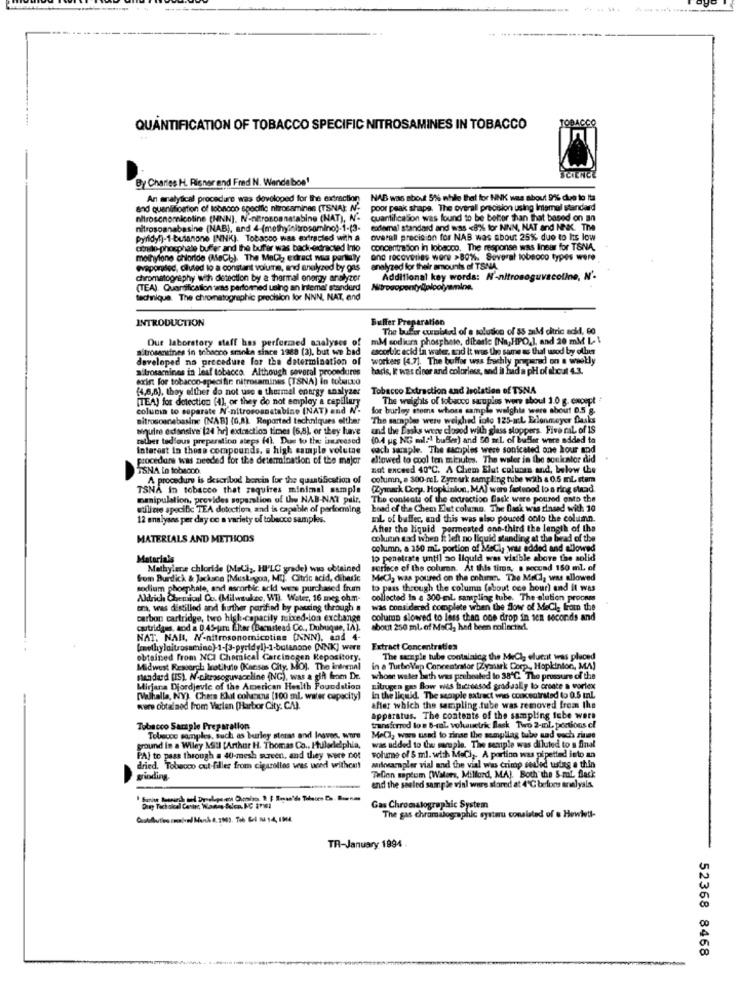
TOBACCO
QUANTIFICATION OF TOBACCO SPECIFIC NITROSAMINES IN TOBACCO
By Charles H. Risner and Fred N. Wende bos'
SCIENCE
An analytical procedure was developed for the extraction
NAB was about 5% while that for NNK was about 9% due to Its
and quanlification of lobnoco specific nitrosamines (TSNA): N.
poor peak shape. The overall precision using Intemel standard
nitroscnomicoline (NINN), N-nitroscanatabine (NAT), N'.
quantificason was found to be better than that based on an
nitrosomnabasine (NAB), and 4-(methyinitrosamino)-1-(3-
exdemal standard and was <8% for NNN, NAT and NNK. TRA
pyridy()-1-butanone INNK). Tobacco was extracled with a
overall precision for NAB was about 25% due to Its low
conie-phosphate buffer and the buffer was back-endracted Into
concentration in lobacco. The response was Inear for TSNA,
mothylone chloride (MeCh). The Mall, edract na partially
and recoveries were >80%. Several tobacco types were
evaporated, diluted to a constant volume, and analyzed by ons analyzed for their amounts of TSNA
chromatography with detection by a thermal energy analyzer
Additional key words: N'-nitrosoguvacoline, N'.
(TEA). Quantification was performed using an Intemel standard
technique. The chromatographic precision for NNN, NAT, and
INTRODUCTION
Buffer Preparation
The bufer curnbaod of a solution of 55 aiM citric acid, 60
Que laboratory staff has performed analyses of
mM sodium phosphate, dibasic [Na, HIPO,J, and 20 mM L- \
nitrosaniines in tribsono smoke since 1988 (2), but we bad
escorlic acid in water, and it was the same as that wood by ofben
developed no procedure for the determination of
workers (4.7]. The buffer was frachly prepared on a weekly
aitrosamines in leaf tobacco. Although several proondures
hadis, I was clear and colorless, and it had a pH of about 4.3.
exint for tobacco-specific nitrosamines (TSNA) in tobacco
(4,8,6), they either do not use e thermal energy analyzer
Tobacco Extraction and isolation of TSNA
[TEA) for detection (4), or they do not employ a capillary
The weights of tobacco samples were about 1.0 g. except
coluna to separate N-nitrososnatabine (NAT) and N.
for burley stems whoss sample weights were about 0.5 g.
nitrosoanebasine (NAB] (6,8) Reported techniques either
The samples were weigh
"The samples were weighed into 125-m:L Erlenmeyer flasks
squire extensive (24 hr) extraction times (6,5) or they have
and the Dasks were closod with glass stoppers. Five ral of IS
rather tedious preparation ateps (4). Due to the breesed
(0.4 ug NG ml.l buffer) and 50 ml of buller ware added to
interest in those compounds, a high sample volutae
ech sacsple. The samples were sonicated one hour and
procedure was needed for the determination of the major
allowed to cool ten minutes. The waler in the sonicator did
TSNA Lo tobacco.
not exceed 40℃. A Chem Elut colunas and, below the
A procedure is skescribod berin for the quantification of
column, e 300-ml. Zymark sampling tube with a 0.5 mL. stem
TSNA In tobacco that requires minimal sample
(Zymark Cory. Hopkinkm, MAJ ware fastened lo a ring strad
manipulation, provides soperation of the NAB-NAT pair,
The contents of the extraction Back ware poured onto the
utilice specific TEA doloction, and is capable of performing
head of the Chem Elut column. The Dask was rinsed with 10
12 analyses per day co a variety of tobacco samples.
IL of buffer, and this was also poured onto the column.
After the liquid permeated one-third the length of the
MATERIALS AND METHODS
column sad when f left no liquid standing at the brad of the
column, a 150 ml portion of Macl, was added and allowed
Materials
to penetrate until ao liquid was visible above the solid
Mathylene chloride (Mall ,, HI'LO grade) was obtained
surface of the column. At this time, a pocund 150 ml, of
Gom Burdick & Jackson [Muskegon, MIL. Citric acid, dibarie
Mecla was poured on the column. The MeCl, was allowed
sodium phosphate, and ascorbic acid wess purchased frum
to pass through the column (about oce hour) and it was
Aldrich Chemical Ou. (Milwaukee, WT). Water, 16 meg ohm-
collected in a 300-ml. sampling tube. The elution proones
ora, was distilled and further parified by passing through #
was considered complete when the flow of MeCl, from the
carbon cartridge, two high-capacity mixed-loa exchange
column slowed to less than one drop in ten seconds and
outridges, aod a 0 45-um filter (Barnstead Co ., Dubuque, IN).
about 250 ml of Mall, had been collected.
NAT. NAH, N'-nitrosonomicotins (NNN), and 4-
Extract Concentraties
obtained from NCI Chemical Carcinogen Repository.
The seraple tube containing the MeCl, elucat was placed
Midwest Research Institute (Kansas City, MO). The indrenal
in a Turbokap Concentrator [Zystark Corp ., Hopkinton, MA)
standard (IS). W.prosoguvaccline (NG), was a gift from De.
whose water bath was preheated to 38℃. The pressure of the
Mirjana Djordjevic of the American Health Foundation
Litrugen gas Bow was ticheesod gradually to create a vortex
[Valhalla, NY). Chers Elit colexna (100 ml, water capacity)
in the liquid. The sample satract wies concentrated to 0.5 tl
www obtained from Varlan (Harbor City. CA).
after which the sampling tube was removed from the
apparatus. The contents of the sampling tube were
Tobacco Sample Preparation
transferred los 6-mal. voltauetric flask Two 2-mil, portions el
Tobecce samples, such as burley storas and Inaven, ware
Mell, wars used to zinse the sempllag tube and wuch zinne
ground in a Wiley Mill [Arthur H. Thomas Co ., Huladelphia,
was added to twe maruple. The semple was diluted to a final
PA] to pass through a 40-mesh screen, and they were not
volume of 5 ml. with MeCi ,. A portion was pipetted into an
dried. Tobacco cut-filler from cigarillos veas veed withca !!
milosampler vial and the vial was crimp seuled wing a thin
grinding.
Tallen saptum (Walors, Milford, MAJ. Both the S-mt. flack
and the sealed sample vinl ware stared at 4'℃ berfons analyals.
Gas Chromatographic System
The gas chromatographic systaru consisted of a Hewlett-
TR-January 1994
52368 8468